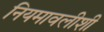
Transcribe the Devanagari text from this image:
नियमावलीशी